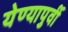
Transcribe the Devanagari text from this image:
येण्यापुर्वी